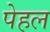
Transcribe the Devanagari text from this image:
पेहल